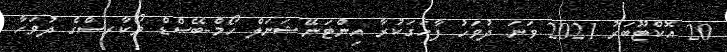
20 އޮކްޓޫބަރު 2021 ވަނަ ދުވަހު ފާހަގަކުރާ އިންޓަނޭޝަނަލް ހޯމް-ބޭސްޑް ވޯކާރސްގެ ދުވަހާ